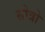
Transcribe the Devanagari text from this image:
सोत्रो